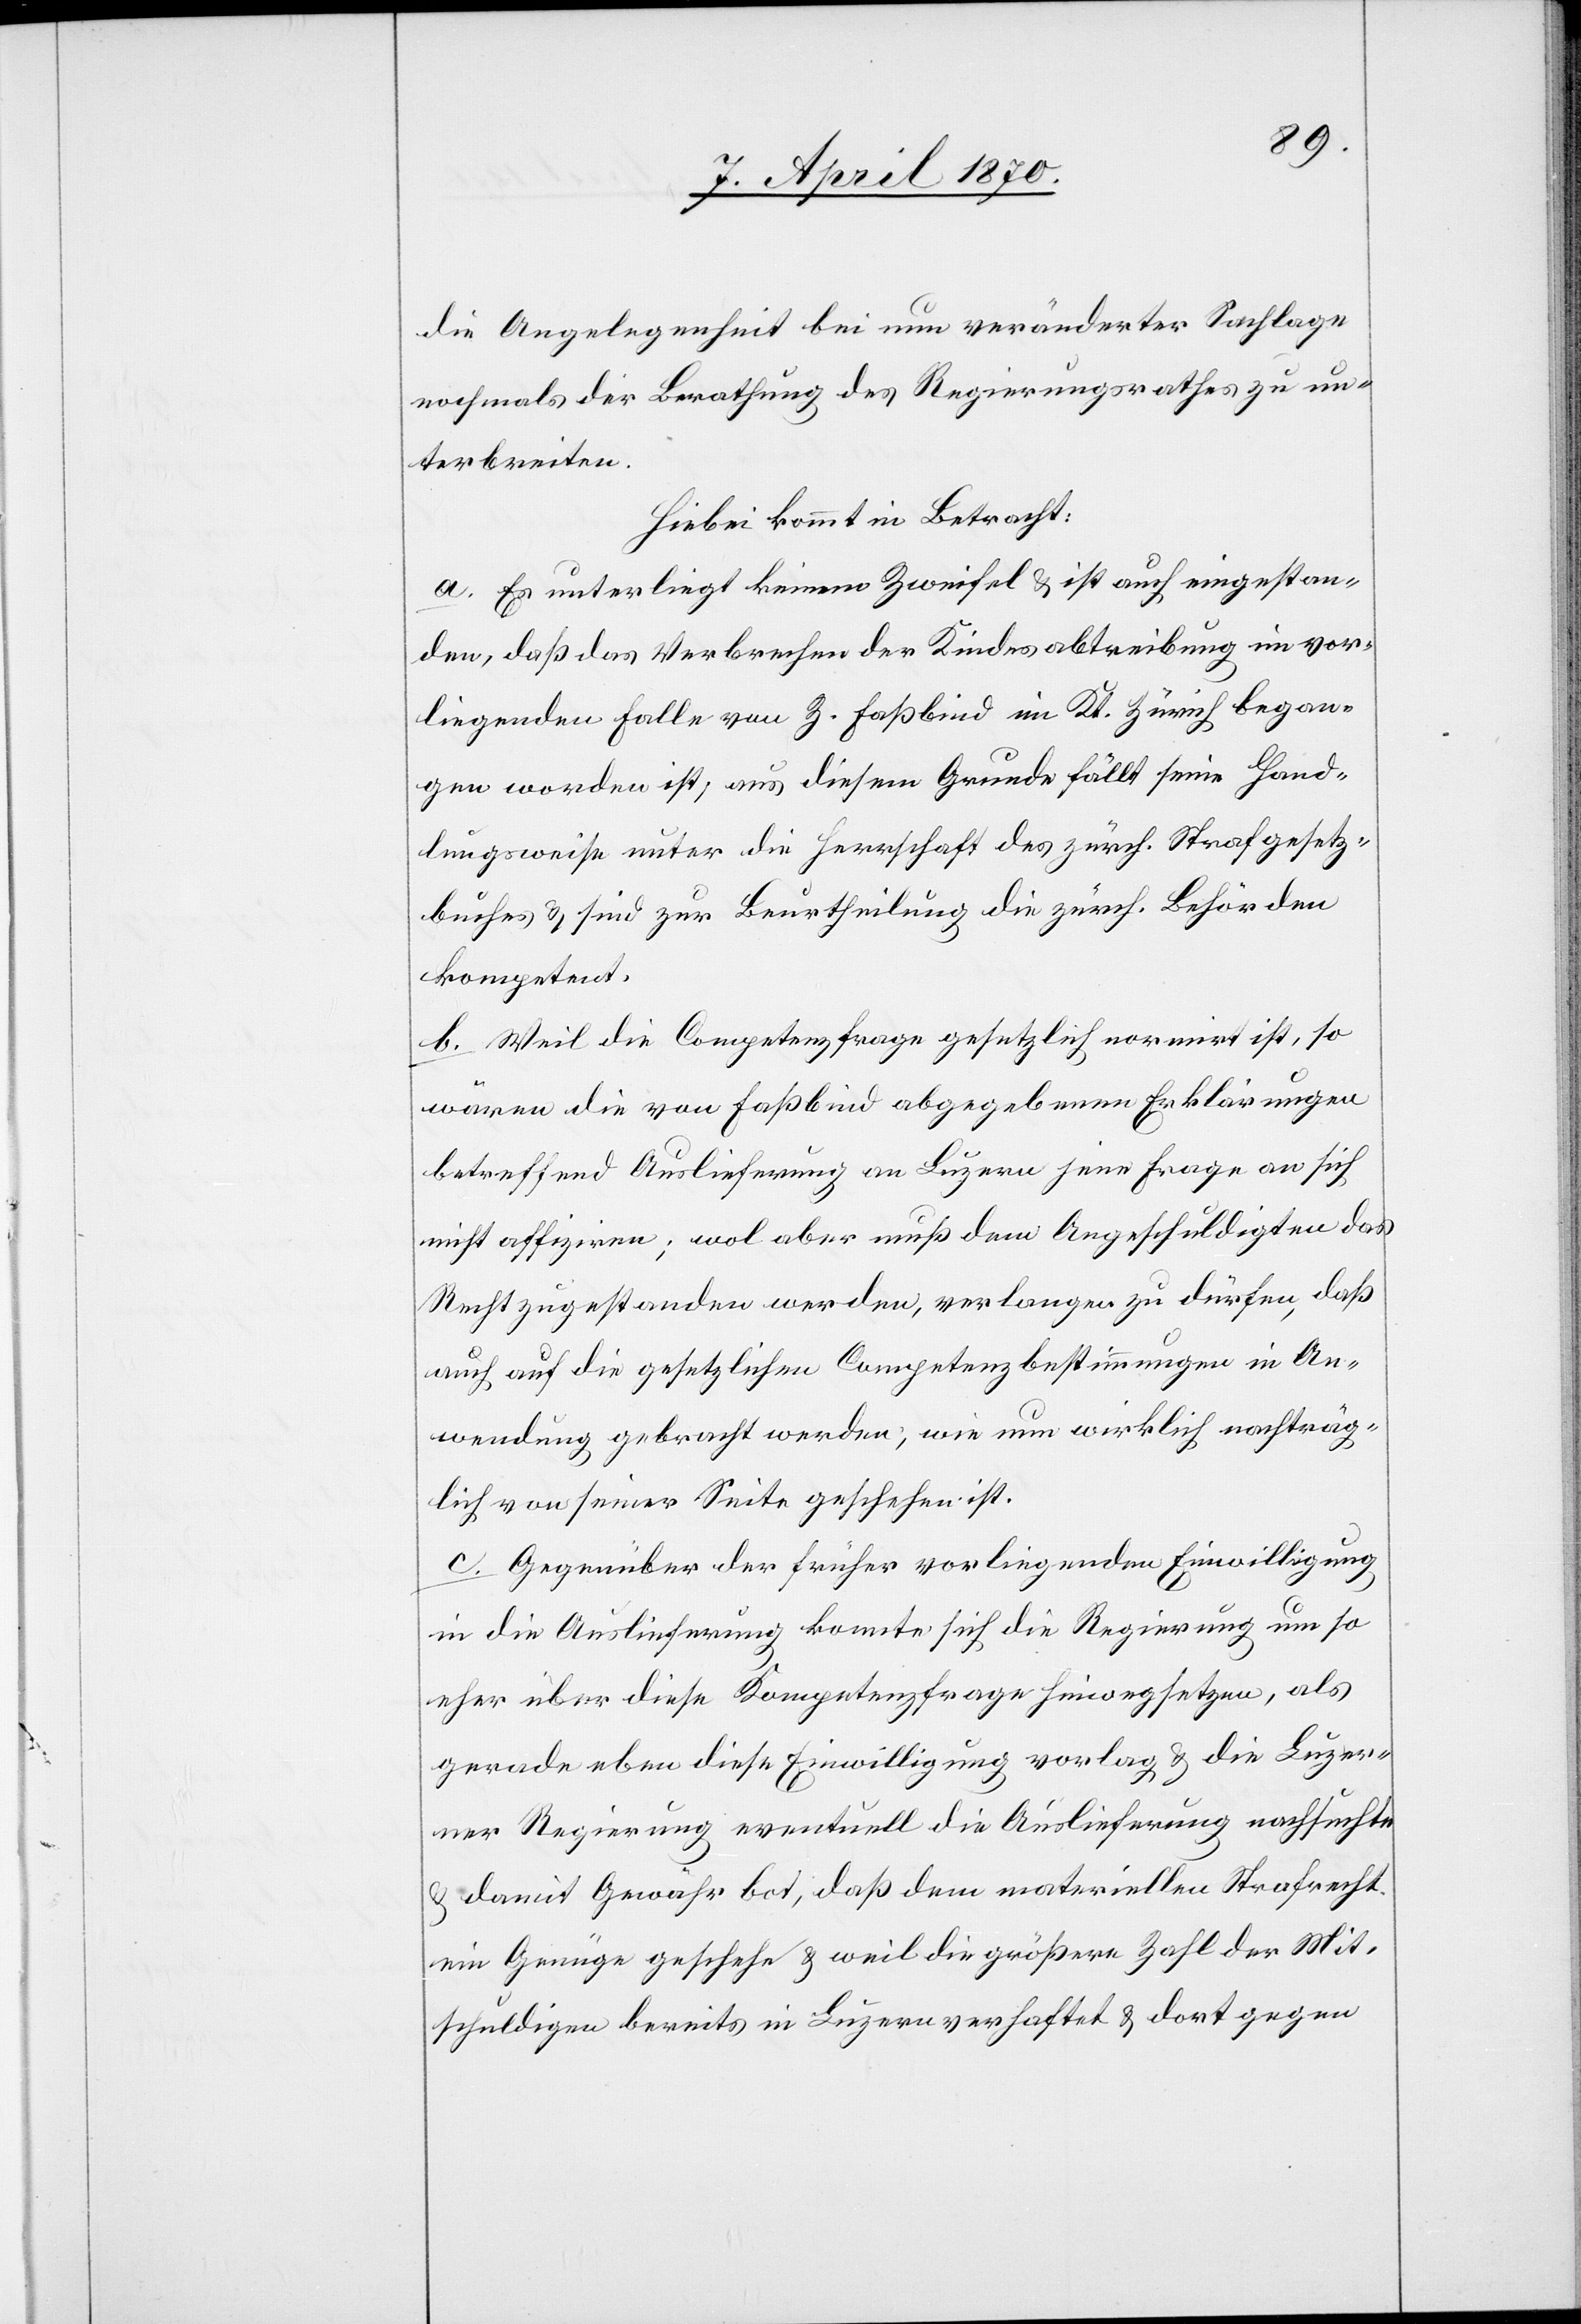
die Angelegenheit bei nun veränderter Sachlage
nochmals der Berathung des Regierungsrathes zu un¬
terbreiten.
Hiebei kommt in Betracht:
a. Es unterliegt keinem Zweifel & ist auch eingestan¬
den, daß das Verbrechen der Kindesabtreibung im vor¬
liegenden Falle von Z. Faßbind im Kt. Zürich began¬
gen worden ist, aus diesem Grunde fällt seine Hand¬
lungsweise unter die Herrschaft des zürch. Strafgesetz¬
buches & sind zur Beurtheilung die zürch. Behörden
kompetent.
b. Weil die Competenzfrage gesetzlich normirt ist, so
wären die von Faßbind abgegebenen Erklärungen
betreffend Auslieferung an Luzern jene Frage an sich
nicht affiziren [sic!]; wol aber muß dem Angeschuldigten das
Recht zugestanden werden, verlangen zu dürfen, daß
auch auf die gesetzlichen Competenzbestimmungen in An¬
wendung gebracht werden, wie nun wirklich nachträg¬
lich von seiner Seite geschehen ist.
c. Gegenüber der früher vorligenden Einwilligung
in die Auslieferung konnte sich die Regierung um so
eher über diese Kompetenzfrage hinwegsetzen, als
gerade eben diese Einwilligung vorlag & die Luzer¬
ner Regierung eventuell die Auslieferung nachsuchte
& damit Gewähr bot, daß dem materiellen Strafrecht
ein Genüge geschehe & weil die größere Zahl der Mit¬
schuldigen bereits in Luzern verhaftet & dort gegen